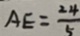
A E = \frac { 2 4 } { 5 }